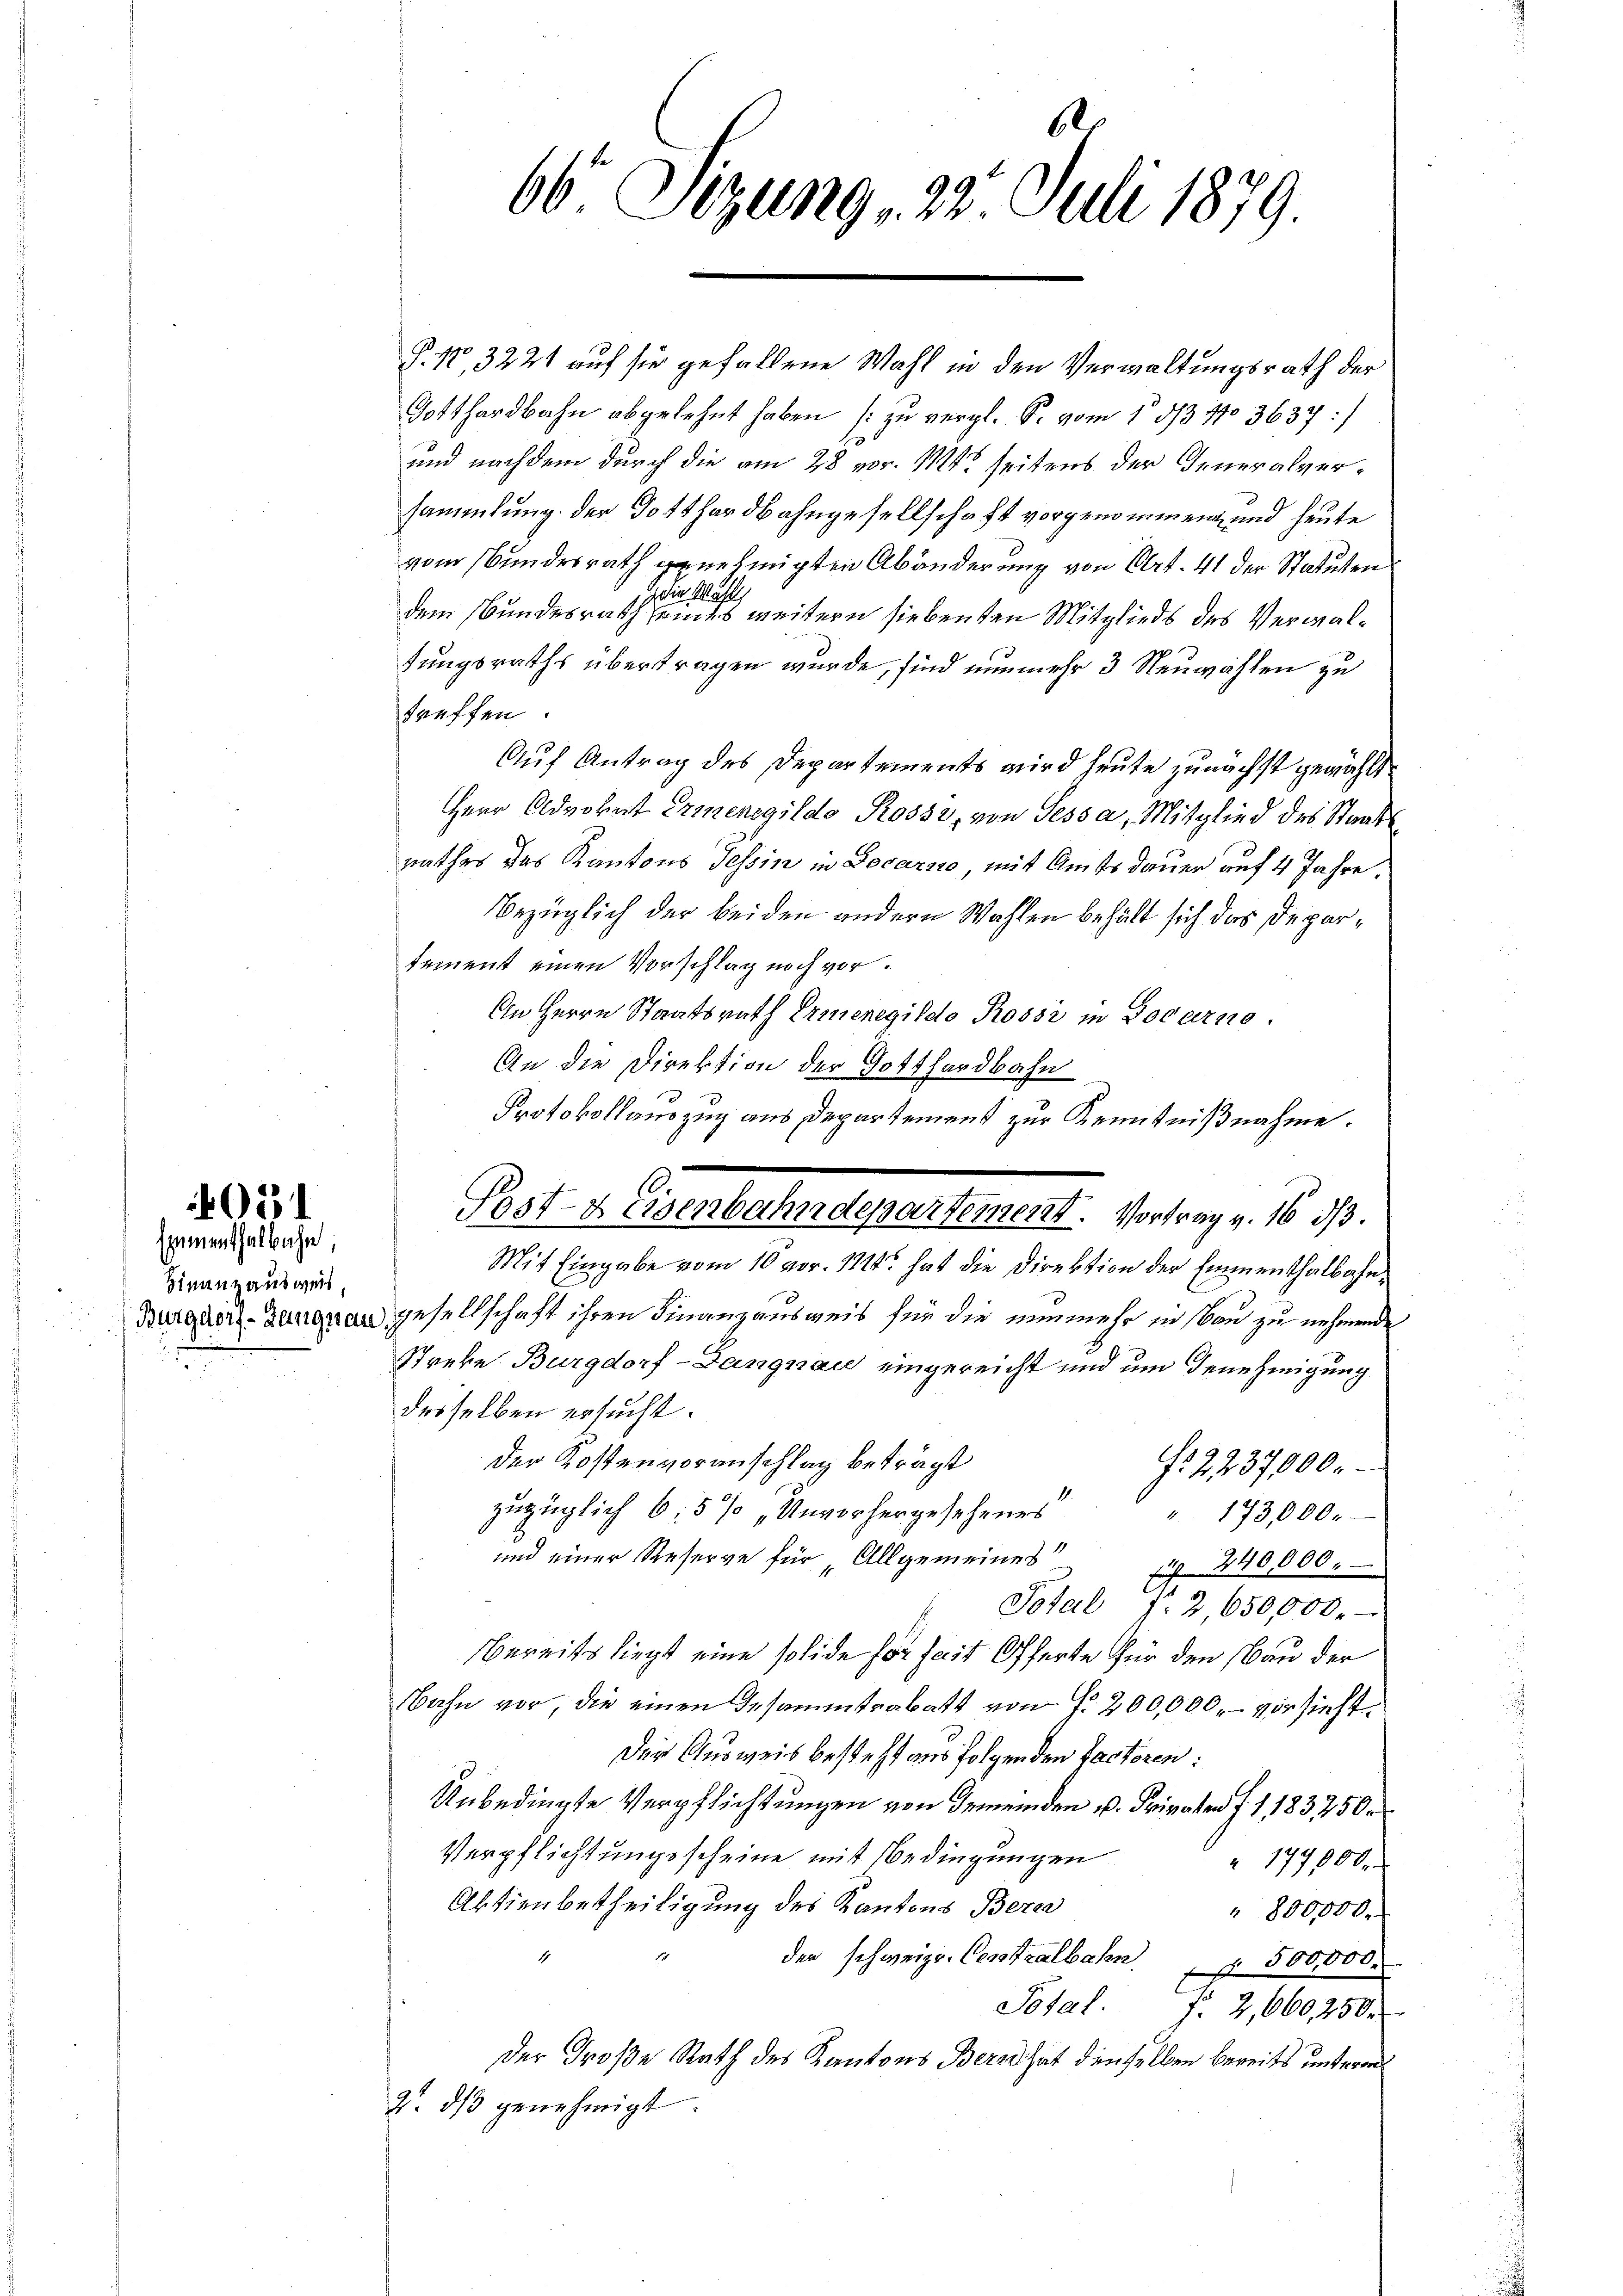
4021
Egumenthalbahn,

Finanzausweis,

6
66 Sizung , 22. Juli 1879.

P. No. 3221 auf sie gefallene Wahl in den Verwaltungsrath der
Gotthardbahn abgelehnt haben (zu vergl. S. vom 13/3 No 3637 :/
und nachdem durch die am 28 vor. Mt. seitens der Generalversammlung der Gotthardbahngesellschaft vorgenommen, und heute
vom Bundesrath genehmigten Abänderung von Art. 41 der Statuten
die Mahl,
dem Bundesrath seines weitern siebenden Mitglieds des Verwalfungsraths übertragen wurde, sind nunmehr 3 Neuwahlen zu
treffen.
Auf Antrag des Departements wird heute zunächst gewählt
Herr Advokat Ermenegildo Rossi, von Tessa, Mitglied des Staatsrathes das Kantons Tessin in Locarno, mit Amtsdauer auf 4 Jahre
Bezüglich der beiden andern Wahlen behält sich das Departement einen Vorschlag noch vor¬
An Herrn Staatsrath Ermenegildo Rossi in Locarno.
An die Direktion der Gotthardbahn
Protokollauszug aus Departement zur Kenntnißnahme.
Mit Eingabe vom 10 vor. 1114. hat die Direktion der Emmenthalbahn-
Burger-Zeugnen gesellschaft ihren Finanzausweis für die nunmehr in von zu nehmende
Streke Burgdorf-Dangnau eingereicht und um Genehmigung
desselben ersucht.
Der Kostenvoranschlag beträgt
No 2237000.
zuzüglich 6,5 % „Unvorhergesehenes
" 173,000.
und einer Reserve für Allgemeines 240,000.
Total f. 2,650,000.-
bereits liegt eine solide für seit Offerte für den Bau der
Bahn vor, die einen Gesammtrabatt von f. 200,000, vorsieht.
Der Ausweis besteht aus folgenden Factoren:
Unbedingte Verpflichtungen von Gemeinden u. Privaten f. 1 183250.
Verpflichtungescheine mit Bedingungen
" 177000.
Aktienbetheiligung des Kantons Bera
" 800,000.
der schweiz. Centralbahn 500,000
Total.
Fr. 2, 660,250
Der Große Rath des Kantons Bern hat denselben bereits unterm
2. dβ genehmigt.

Post- & Eisenbahndepartement. Vortrag v. 16 1/3.